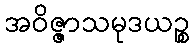
အဝိဇ္ဇာသမုဒယဉ္စ